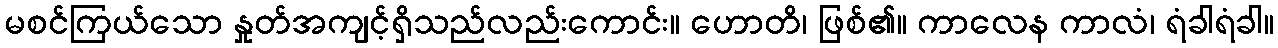
မစင်ကြယ်သော နှုတ်အကျင့်ရှိသည်လည်းကောင်း။ ဟောတိ၊ ဖြစ်၏။ ကာလေန ကာလံ၊ ရံခါရံခါ။